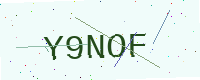
Text: Y9NOF